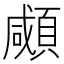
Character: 顑